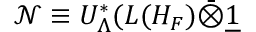
\mathcal { N } \equiv U _ { \Lambda } ^ { * } ( L ( H _ { F } ) \bar { \otimes } \underline { { { 1 } } }